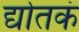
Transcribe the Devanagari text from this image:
द्योतकं